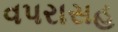
વપરાસહ